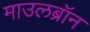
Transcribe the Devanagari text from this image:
माउलब्रॉन